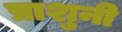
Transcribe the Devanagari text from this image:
प्राशुनी